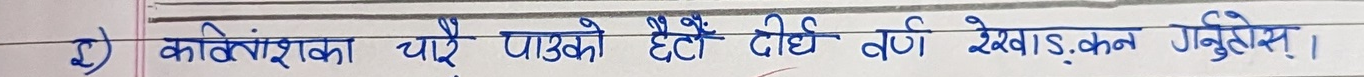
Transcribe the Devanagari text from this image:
२) कवितांशका चोरै पाउको हैटी दीर्घ वर्ण रेखाङ्कन गर्नुहोस् ।